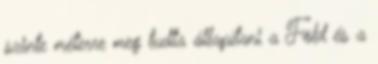
szinte méterre meg tudta állapítani a Föld és a